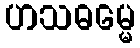
ဟသဓမ္မေ